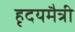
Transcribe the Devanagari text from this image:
हृदयमैत्री